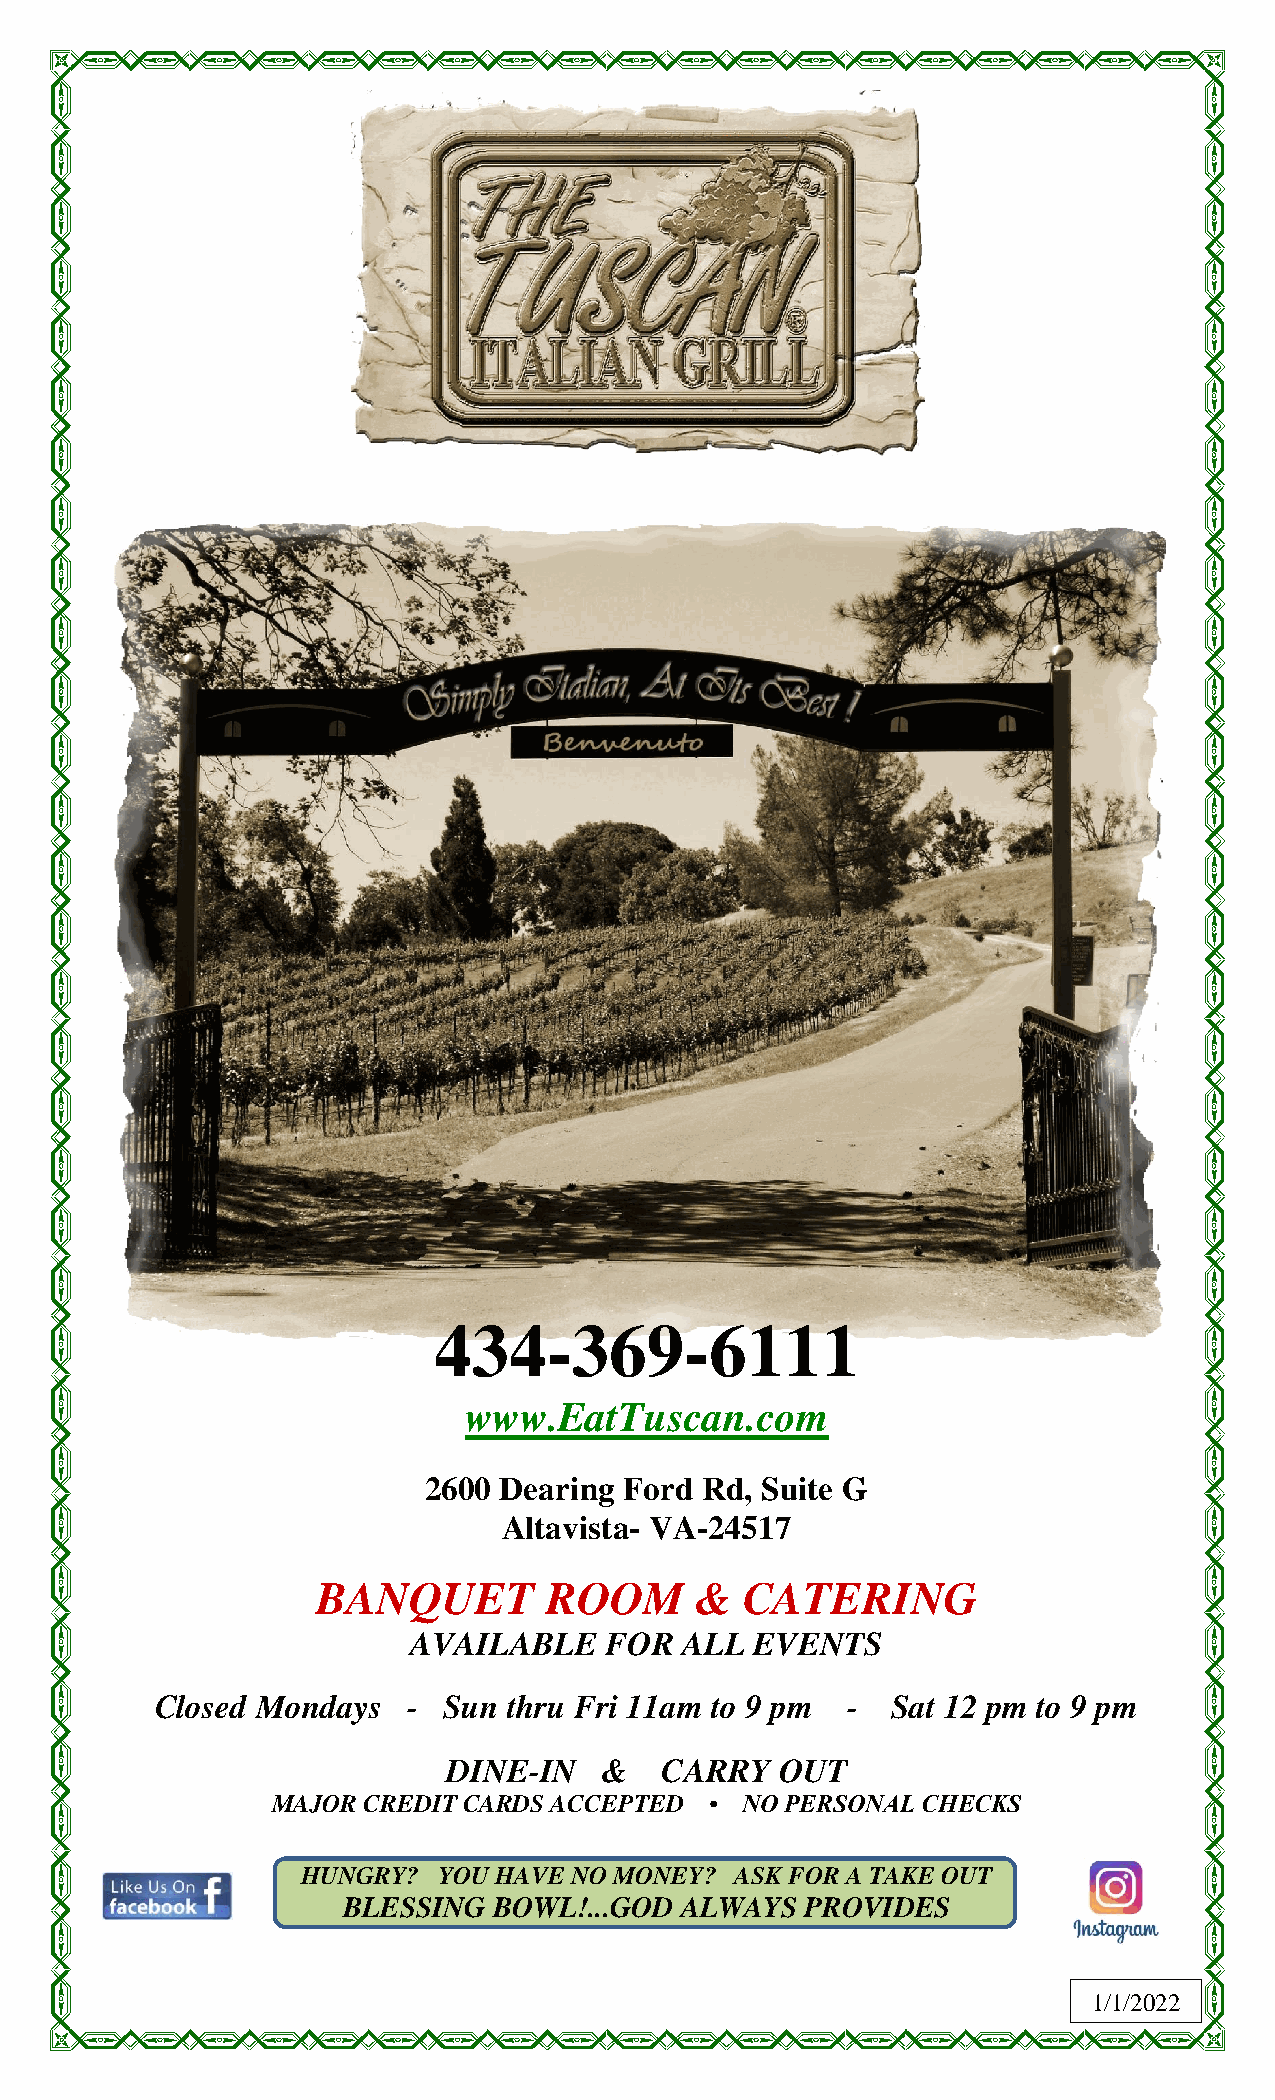
434-369-6111
 www.EatTuscan.com
 2600 Dearing Ford Rd, Suite G
 Altavista- VA-24517
 BANQUET        ROOM      &  CATERING
 AVAILABLE    FOR  ALL  EVENTS
 Closed Mondays   - Sun  thru Fri 11am to 9 pm -  Sat 12 pm to 9 pm
 DINE-IN   &   CARRY   OUT
 MAJOR CREDIT CARDS ACCEPTED  • NO PERSONAL CHECKS
 HUNGRY?  YOU HAVE NO MONEY?  ASK FOR A TAKE OUT
 BLESSING  BOWL!...GOD ALWAYS  PROVIDES
 1/1/2022